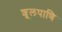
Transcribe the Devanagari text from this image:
शूलपाणि